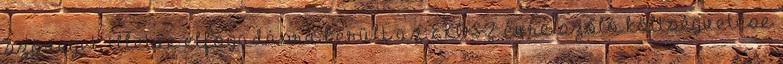
szöveget, illetve elfogadásra került az EKOSZ évre szóló költségvetése